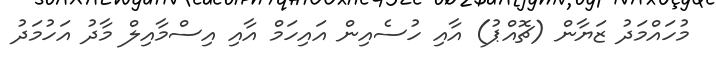
މުހައްމަދު ޒަޔާން (ޗޮއްޕު) އާއި ހުސެއިން އައިހަމް އާއި އިސްމާއިލް މާދު އަހުމަދު